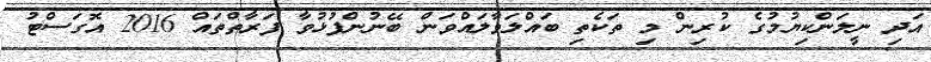
އަދި ނީލަންކިޔުމުގެ ކުރިން މި ތަކެތި ބައްލަވާލައްވަން ބޭނުންފުޅުވާ ފަރާތްތައް 2016 އޮގަސްޓު